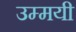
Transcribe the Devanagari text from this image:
उम्मयी